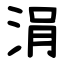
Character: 涓